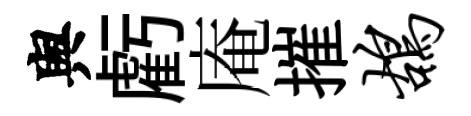
舆虧庵摧鸪